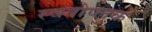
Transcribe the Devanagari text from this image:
स्वतोप्लुक